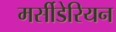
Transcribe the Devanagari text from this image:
मर्सीडेरियन